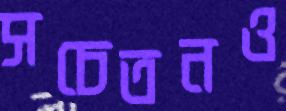
সচেতনও